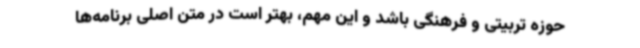
حوزه تربیتی و فرهنگی باشد و این مهم، بهتر است در متن اصلی برنامه‌ها